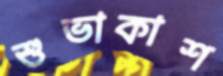
শুভাকাশ